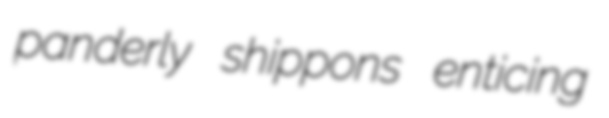
panderly shippons enticing